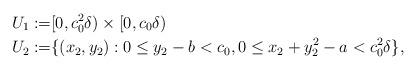
LaTeX: \begin{align*}U_1:=&[0,c_0^2\delta)\times [0,c_0\delta) \\U_2:=&\{(x_2,y_2):0\le y_2-b< c_0,0\le x_2+y_2^2-a<c_0^2\delta\},\end{align*}